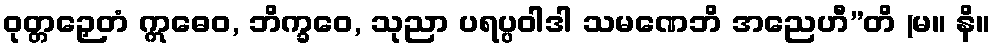
ဝုတ္တဉှေတံ ဣဓေဝ, ဘိက္ခဝေ, သုညာ ပရပ္ပဝါဒါ သမဏေဘိ အညေဟီ”တိ (မ။ နိ။